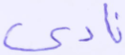
نادى